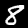
Digit: 8